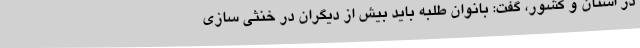
در استان و کشور، گفت: بانوان طلبه باید بیش از دیگران در خنثی سازی